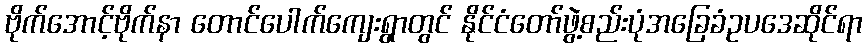
ဗိုက်အောင့်ဗိုက်နာ တောင်ပေါက်ကျေးရွာတွင် နိုင်ငံတော်ဖွဲ့စည်းပုံအခြေခံဥပဒေဆိုင်ရာ